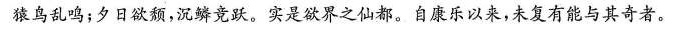
猿鸟乱鸣；夕日欲颓，沉鳞竞跃。实是欲界之仙都。自康乐以来，未复有能与其奇者。